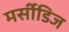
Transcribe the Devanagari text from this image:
मर्सीडिज